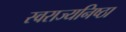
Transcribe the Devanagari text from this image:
स्वराज्यनिष्ठा